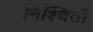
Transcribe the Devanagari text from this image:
निश्‍चिती